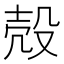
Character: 殻